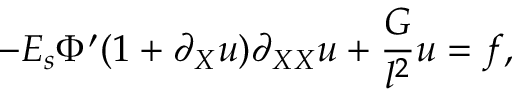
- E _ { s } \Phi ^ { \prime } ( 1 + \partial _ { X } u ) \partial _ { X X } u + \frac { G } { l ^ { 2 } } u = f ,